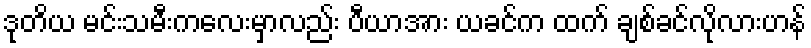
ဒုတိယ မင်းသမီးကလေးမှာလည်း ပီယာအား ယခင်က ထက် ချစ်ခင်လိုလားဟန်